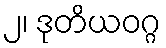
၂၊ ဒုတိယဝဂ္ဂ